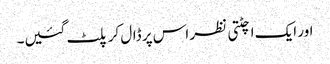
اور ایک اچٹتی نظر اس پر ڈال کر پلٹ گئیں۔